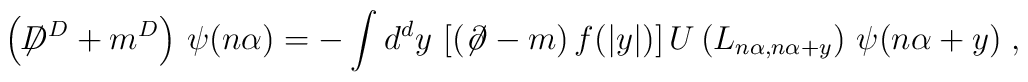
\left(\not\!\! D^{D} + m^{D}\right)\, \psi (n\alpha )=  -\int_{}^{} d^{d}y\,  \left[(\not\!\partial - m)\, f(|y|)\right]  U\left(L_{n\alpha,n\alpha + y}\right)\, \psi (n\alpha + y) \; ,